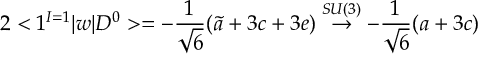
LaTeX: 2 < 1 ^ { I = 1 } | w | D ^ { 0 } > = - \frac { 1 } { \sqrt { 6 } } ( \tilde { a } + 3 c + 3 e ) \stackrel { S U ( 3 ) } { \rightarrow } - \frac { 1 } { \sqrt { 6 } } ( a + 3 c )